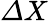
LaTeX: {\mit\Delta}X